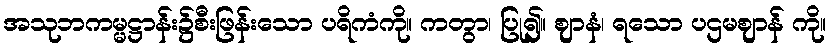
အသုဘကမ္မဋ္ဌာန်း၌စီးဖြန်းသော ပရိကံကို။ ကတွာ၊ ပြု၍။ ဈာနံ၊ ရသော ပဌမဈာန် ကို။